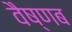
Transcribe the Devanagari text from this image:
वैष्णब